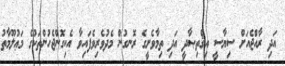
އަދި ރާއްޖެއަށް ސިޔާސީ އިޤްތިޞާދީ އަދި ތިމާވެށީގެ ރޮނގުން މެދުވެރިވެފައިވާ އެކިގޮންޖެހުންތަކުގެ މަޢުލޫމާތު